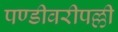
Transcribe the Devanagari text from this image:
पण्डीवरीपल्ली